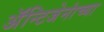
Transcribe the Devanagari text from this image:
अॅन्टिजेनांच्या